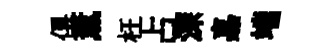
俱薰枉占深嘉端